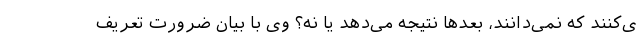
ی‌کنند که نمی‌دانند، بعدها نتیجه می‌دهد یا نه؟ وی با بیان ضرورت تعریف